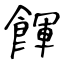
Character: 餫